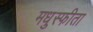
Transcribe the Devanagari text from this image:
मधुस्फीता